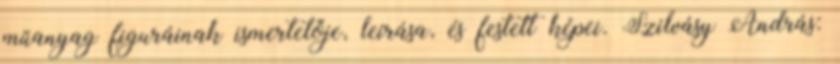
műanyag figuráinak ismertetője, leírása, és festett képei. Szilvásy András: